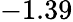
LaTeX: -1.39